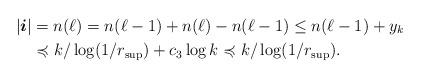
LaTeX: \begin{align*} | \boldsymbol{i} | &= n( \ell) = n( \ell - 1) + n (\ell) - n( \ell -1) \leq n( \ell -1) + y_k \\ & \preccurlyeq k / \log (1/ r_{\sup}) + c_3 \log k \preccurlyeq k / \log (1/ r_{\sup}) .\end{align*}